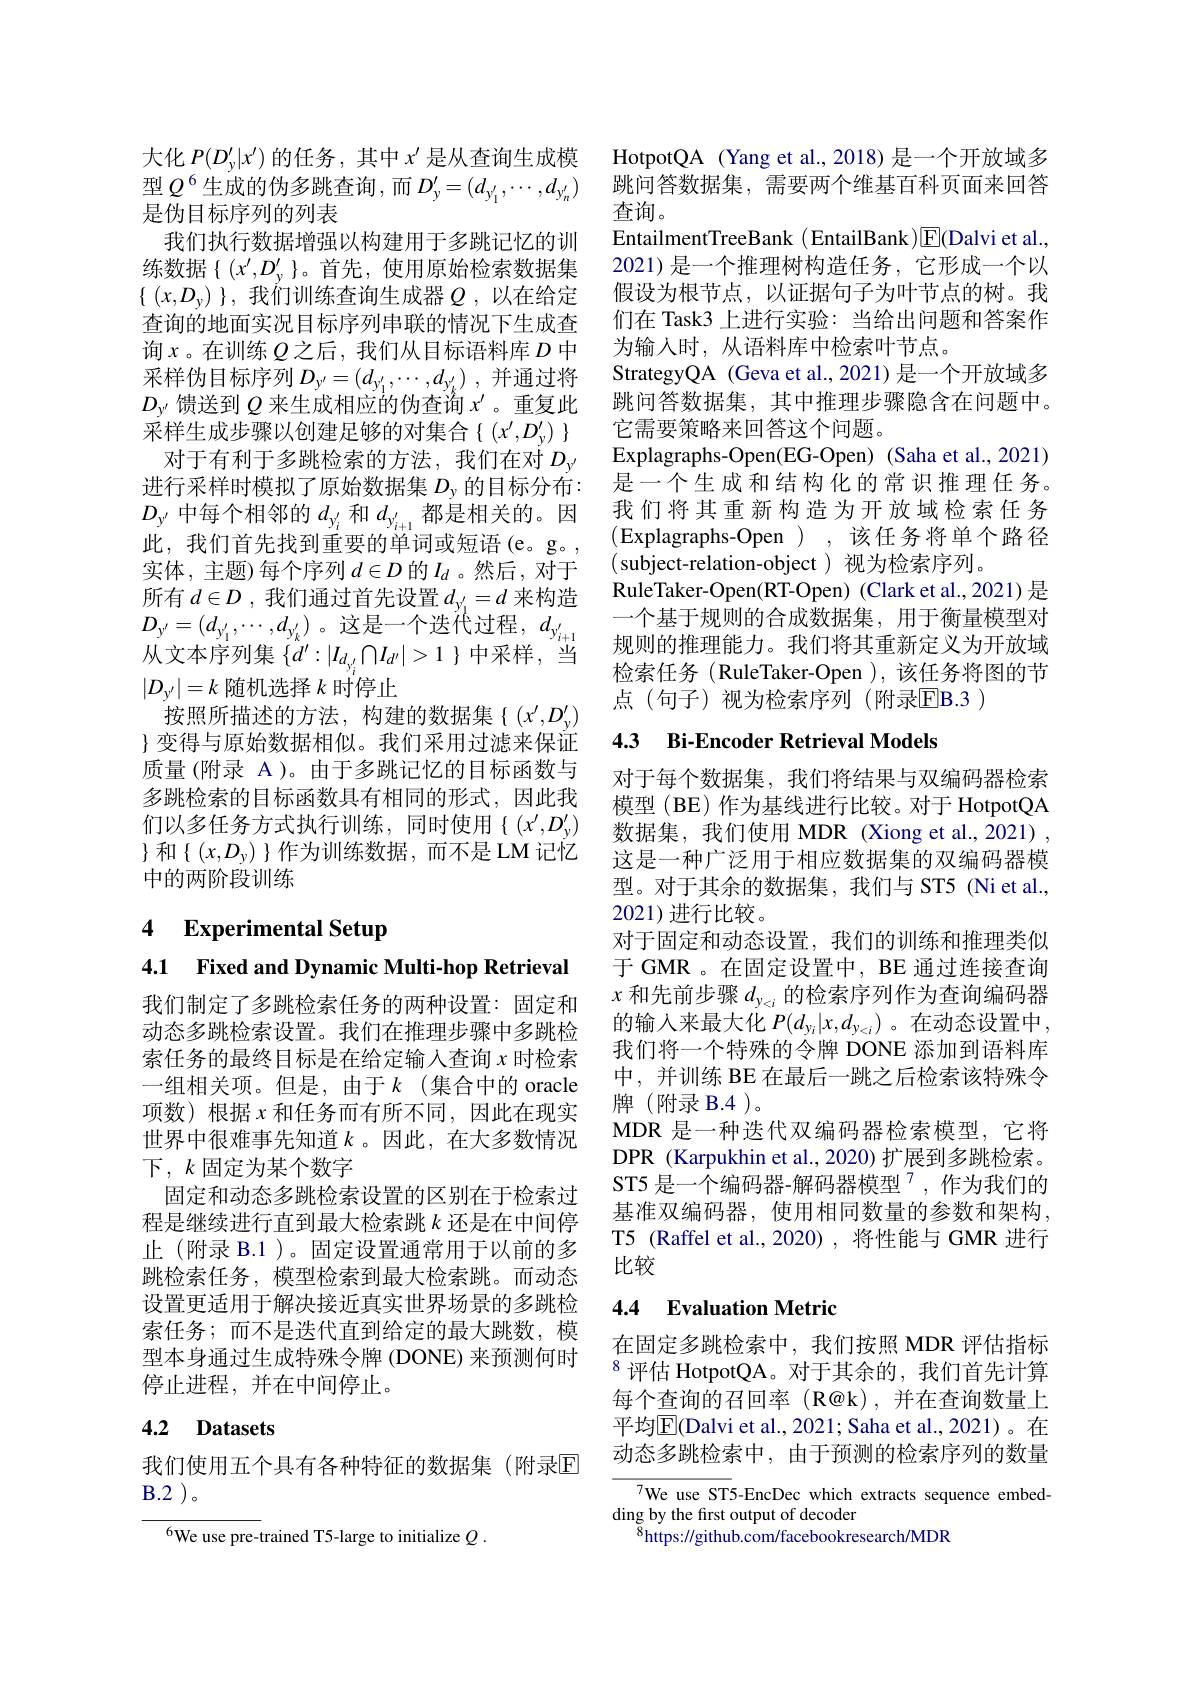
大化$P(D_y^{\prime}|x^{\prime})$的任务，其中$x^\prime$是从查询生成模型$Q^6$生成的伪多跳查询，而$D_y^\prime=(d_{y_1^{\prime}},\cdots,d_{y_n^{\prime}})$ 是伪目标序列的列表
我们执行数据增强以构建用于多跳记忆的训练数据$\{(x^\prime,D_y^\prime\}$。首先，使用原始检索数据集$\{ ( x, D_y) \} , \textit{我 们 训 练 查 询 生 成 器 }Q, 以 在 给 定$ 查询的地面实况目标序列串联的情况下生成查询$x$。在训练 $Q$之后，我们从目标语料库 $D$ 中采样伪目标序列$D_y^{\prime }= ( d_{y_1^{\prime }}, \cdots , d_{y_k^{\prime }})$ ,并通过将$D_{y^{\prime}}$馈送到$Q$来生成相应的伪查询$x^\prime$。重复此$\dot{\text{采 样 生 成 步 骤 以 创 建 足 够 的 对 集 合 }} \{ ( x^{\prime }, D_y^{\prime })$ $\}$ 对于有利于多跳检索的方法，我们在对$D_{y^{\prime}}$
进行采样时模拟了原始数据集$D_\mathrm{y}$的目标分布： $D_{y^{\prime}}$中每个相邻的$d_y_i^{\prime}$和$d_{y_{i+1}^{\prime}}$都是相关的。因此，我们首先找到重要的单词或短语(e。g。, 实体，主题)每个序列$d\in D$的$I_d$ 。然后，对于所有$d\in D$ ,我们通过首先设置$d_y_1^{\prime}=d$来构造$D_{y^{\prime}}=(d_{y_1^{\prime}},\cdots,d_{y_k^{\prime}})$。这是一个迭代过程$,d_y_{i+1}^{\prime}$ $\bar{\text{从文本序列集}\{d^{\prime}:|I_{d_{y_{i}^{\prime}}}\cap I_{d^{\prime}}|>1\}}$中采样，当$|D_{y^{\prime}}|=k$随机选择$k$时停止
按照所描述的方法，构建的数据集{(x^{$\prime ,D_y^{\prime}) $ $\}$变得与原始数据相似。我们采用过滤来保证质量(附录 A)。由于多跳记忆的目标函数与多跳检索的目标函数具有相同的形式，因此我们以多任务方式执行训练，同时使用$\{(x^{\prime},D_y^{\prime})$ $\}$ 和$\{(x,D_y)\}$作为训练数据，而不是 LM 记忆中的两阶段训练

# 4 Experimental Setup

4.1 Fixed and Dynamic Multi-hop Retrieval

我们制定了多跳检索任务的两种设置：固定和动态多跳检索设置。我们在推理步骤中多跳检索任务的最终目标是在给定输入查询$x$时检索一组相关项。但是，由于$k$(集合中的 oracle 项数)根据$x$ 和任务而有所不同，因此在现实世界中很难事先知道$k$ 。因此，在大多数情况下$,k$固定为某个数字
固定和动态多跳检索设置的区别在于检索过程是继续进行直到最大检索跳$k$ 还是在中间停止(附录 B.1)。固定设置通常用于以前的多跳检索任务，模型检索到最大检索跳。而动态设置更适用于解决接近真实世界场景的多跳检索任务；而不是迭代直到给定的最大跳数，模型本身通过生成特殊令牌 (DONE) 来预测何时停止进程，并在中间停止。

## 4.2 Datasets

我们使用五个具有各种特征的数据集(附录$\mathbb{E}$
$B. 2$ )。

$^{6}$We use pre-trained T5-large to initialize $Q.$

HotpotQA (Yang et al., 2018) 是一个开放域多跳问答数据集，需要两个维基百科页面来回答查询。
EntailmentTreeBank (EntailBank$)\boxed{\mathrm{F}}($Dalvi et al., 2021)是一个推理树构造任务，它形成一个以假设为根节点，以证据句子为叶节点的树。我们在 Task3 上进行实验：当给出问题和答案作为输入时，从语料库中检索叶节点。
StrategyQA (Geva et al., 2021)是一个开放域多跳问答数据集，其中推理步骤隐含在问题中。它需要策略来回答这个问题。
Explagraphs- Open( EG- Open) ( Saha et al. , 2021) 是一个生成和结构化的常识推理任务。我们将其重新构造为开放域检索任务(Explagraphs-Open) , 该任务将单个路径(subject-relation-object)视为检索序列。
RuleTaker-Open(RT-Open) (Clark et al.,2021) 是一个基于规则的合成数据集，用于衡量模型对规则的推理能力。我们将其重新定义为开放域检索任务 (RuleTaker-Open ), 该任务将图的节点(句子)视为检索序列(附录$\overline{\mathrm{EB.3}}$)

## 4.3 Bi-Encoder Retrieval Models

对于每个数据集，我们将结果与双编码器检索模型 (BE) 作为基线进行比较。对于 HotpotQA 数据集，我们使用 MDR (Xiong et al.,2021) , 这是一种广泛用于相应数据集的双编码器模型。对于其余的数据集，我们与 ST5 (Ni et al., 2021)进行比较。
对于固定和动态设置，我们的训练和推理类似于 GMR 。在固定设置中，BE 通过连接查询$x$和先前步骤$d_{y_{<i}}$的检索序列作为查询编码器的输入来最大化 $P(d_y_i|x,d_{y_<i})$ 。在动态设置中， 我们将一个特殊的令牌 DONE 添加到语料库中，并训练 BE 在最后一跳之后检索该特殊令牌(附录 B.4)。
MDR 是一种迭代双编码器检索模型，它将DPR (Karpukhin et al., 2020) 扩展到多跳检索。ST5 是一个编码器-解码器模型$^{7}$,作为我们的基准双编码器，使用相同数量的参数和架构， T5 (Raffel et al.,2020),将性能与 GMR 进行比较

## 4.4 Evaluation Metric

在固定多跳检索中，我们按照 MDR 评估指标$^{8}$评估 HotpotQA。对于其余的，我们首先计算每个查询的召回率(R@k),并在查询数量上平均$\overline{\mathrm{E}}($Dalvi et al., 2021; Saha et al., 2021)。在动态多跳检索中，由于预测的检索序列的数量

7We use ST5-EncDec which extracts sequence embed-
ding by the frst output of decoder
$^{8}$https://github.com/facebookresearch/MDR